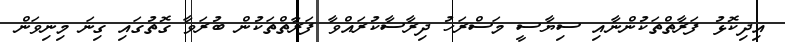
އިދިކޮޅު ފަރާތްތަކުންނާއި ސިޔާސީ މަސްރަހު ދިރާސާކުރައްވާ ފަރާތްތަކުން ބުރަވާ ގޮތުގައި ގިނަ މިނިވަން